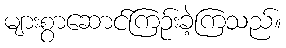
များစွာဆောင်ကြဉ်းခဲ့ကြသည်။